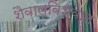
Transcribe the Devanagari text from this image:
शैवालविश्वात